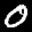
Label: 0